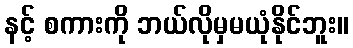
နင့် စကားကို ဘယ်လိုမှမယုံနိုင်ဘူး။